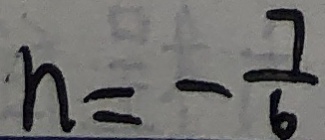
n = - \frac { 7 } { 6 }